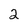
Character: 2